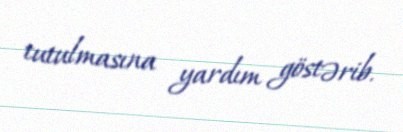
tutulmasına yardım göstərib.